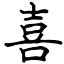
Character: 喜